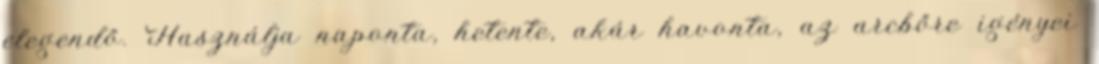
elegendő. Használja naponta, hetente, akár havonta, az arcbőre igényei